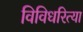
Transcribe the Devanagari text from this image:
विविधरित्या